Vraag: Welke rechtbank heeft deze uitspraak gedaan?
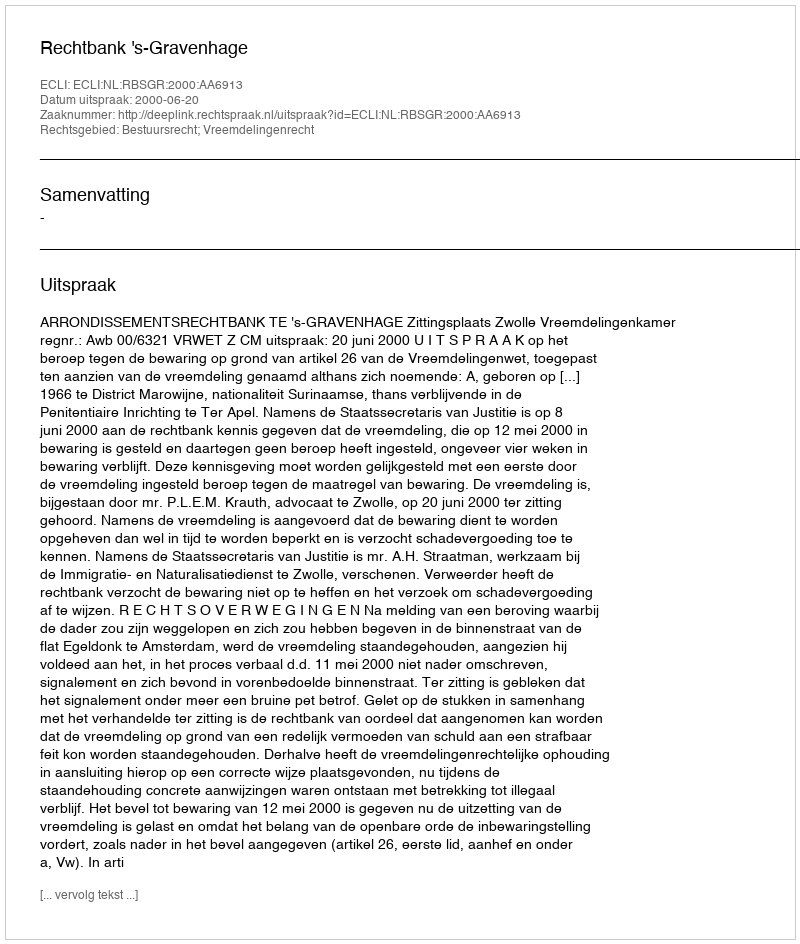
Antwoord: Rechtbank 's-Gravenhage